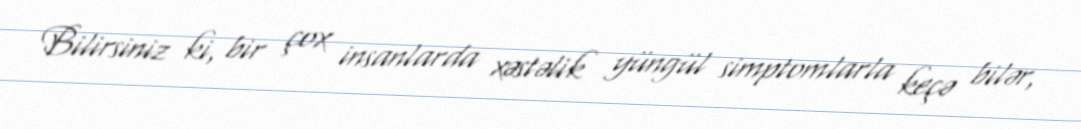
Bilirsiniz ki, bir çox insanlarda xəstəlik yüngül simptomlarla keçə bilər,